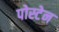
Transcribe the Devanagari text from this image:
पोस्टेन